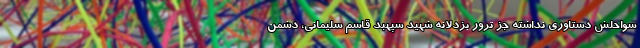
سواحلش دستاوری نداشته جز ترور بزدلانه شهید سپهبد قاسم سلیمانی، دشمن